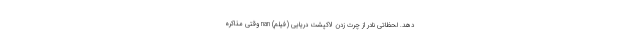
دهد. لحظاتی نادر از چرت زدن لاکپشت دریایی (فیلم) nan وقتی مذاکره